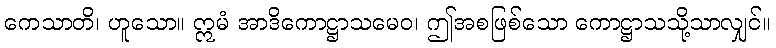
ကေသာတိ၊ ဟူသော။ ဣမံ အာဒိကောဋ္ဌာသမေဝ၊ ဤအစဖြစ်သော ကောဋ္ဌာသသို့သာလျှင်။